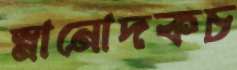
স্নানোদকচ